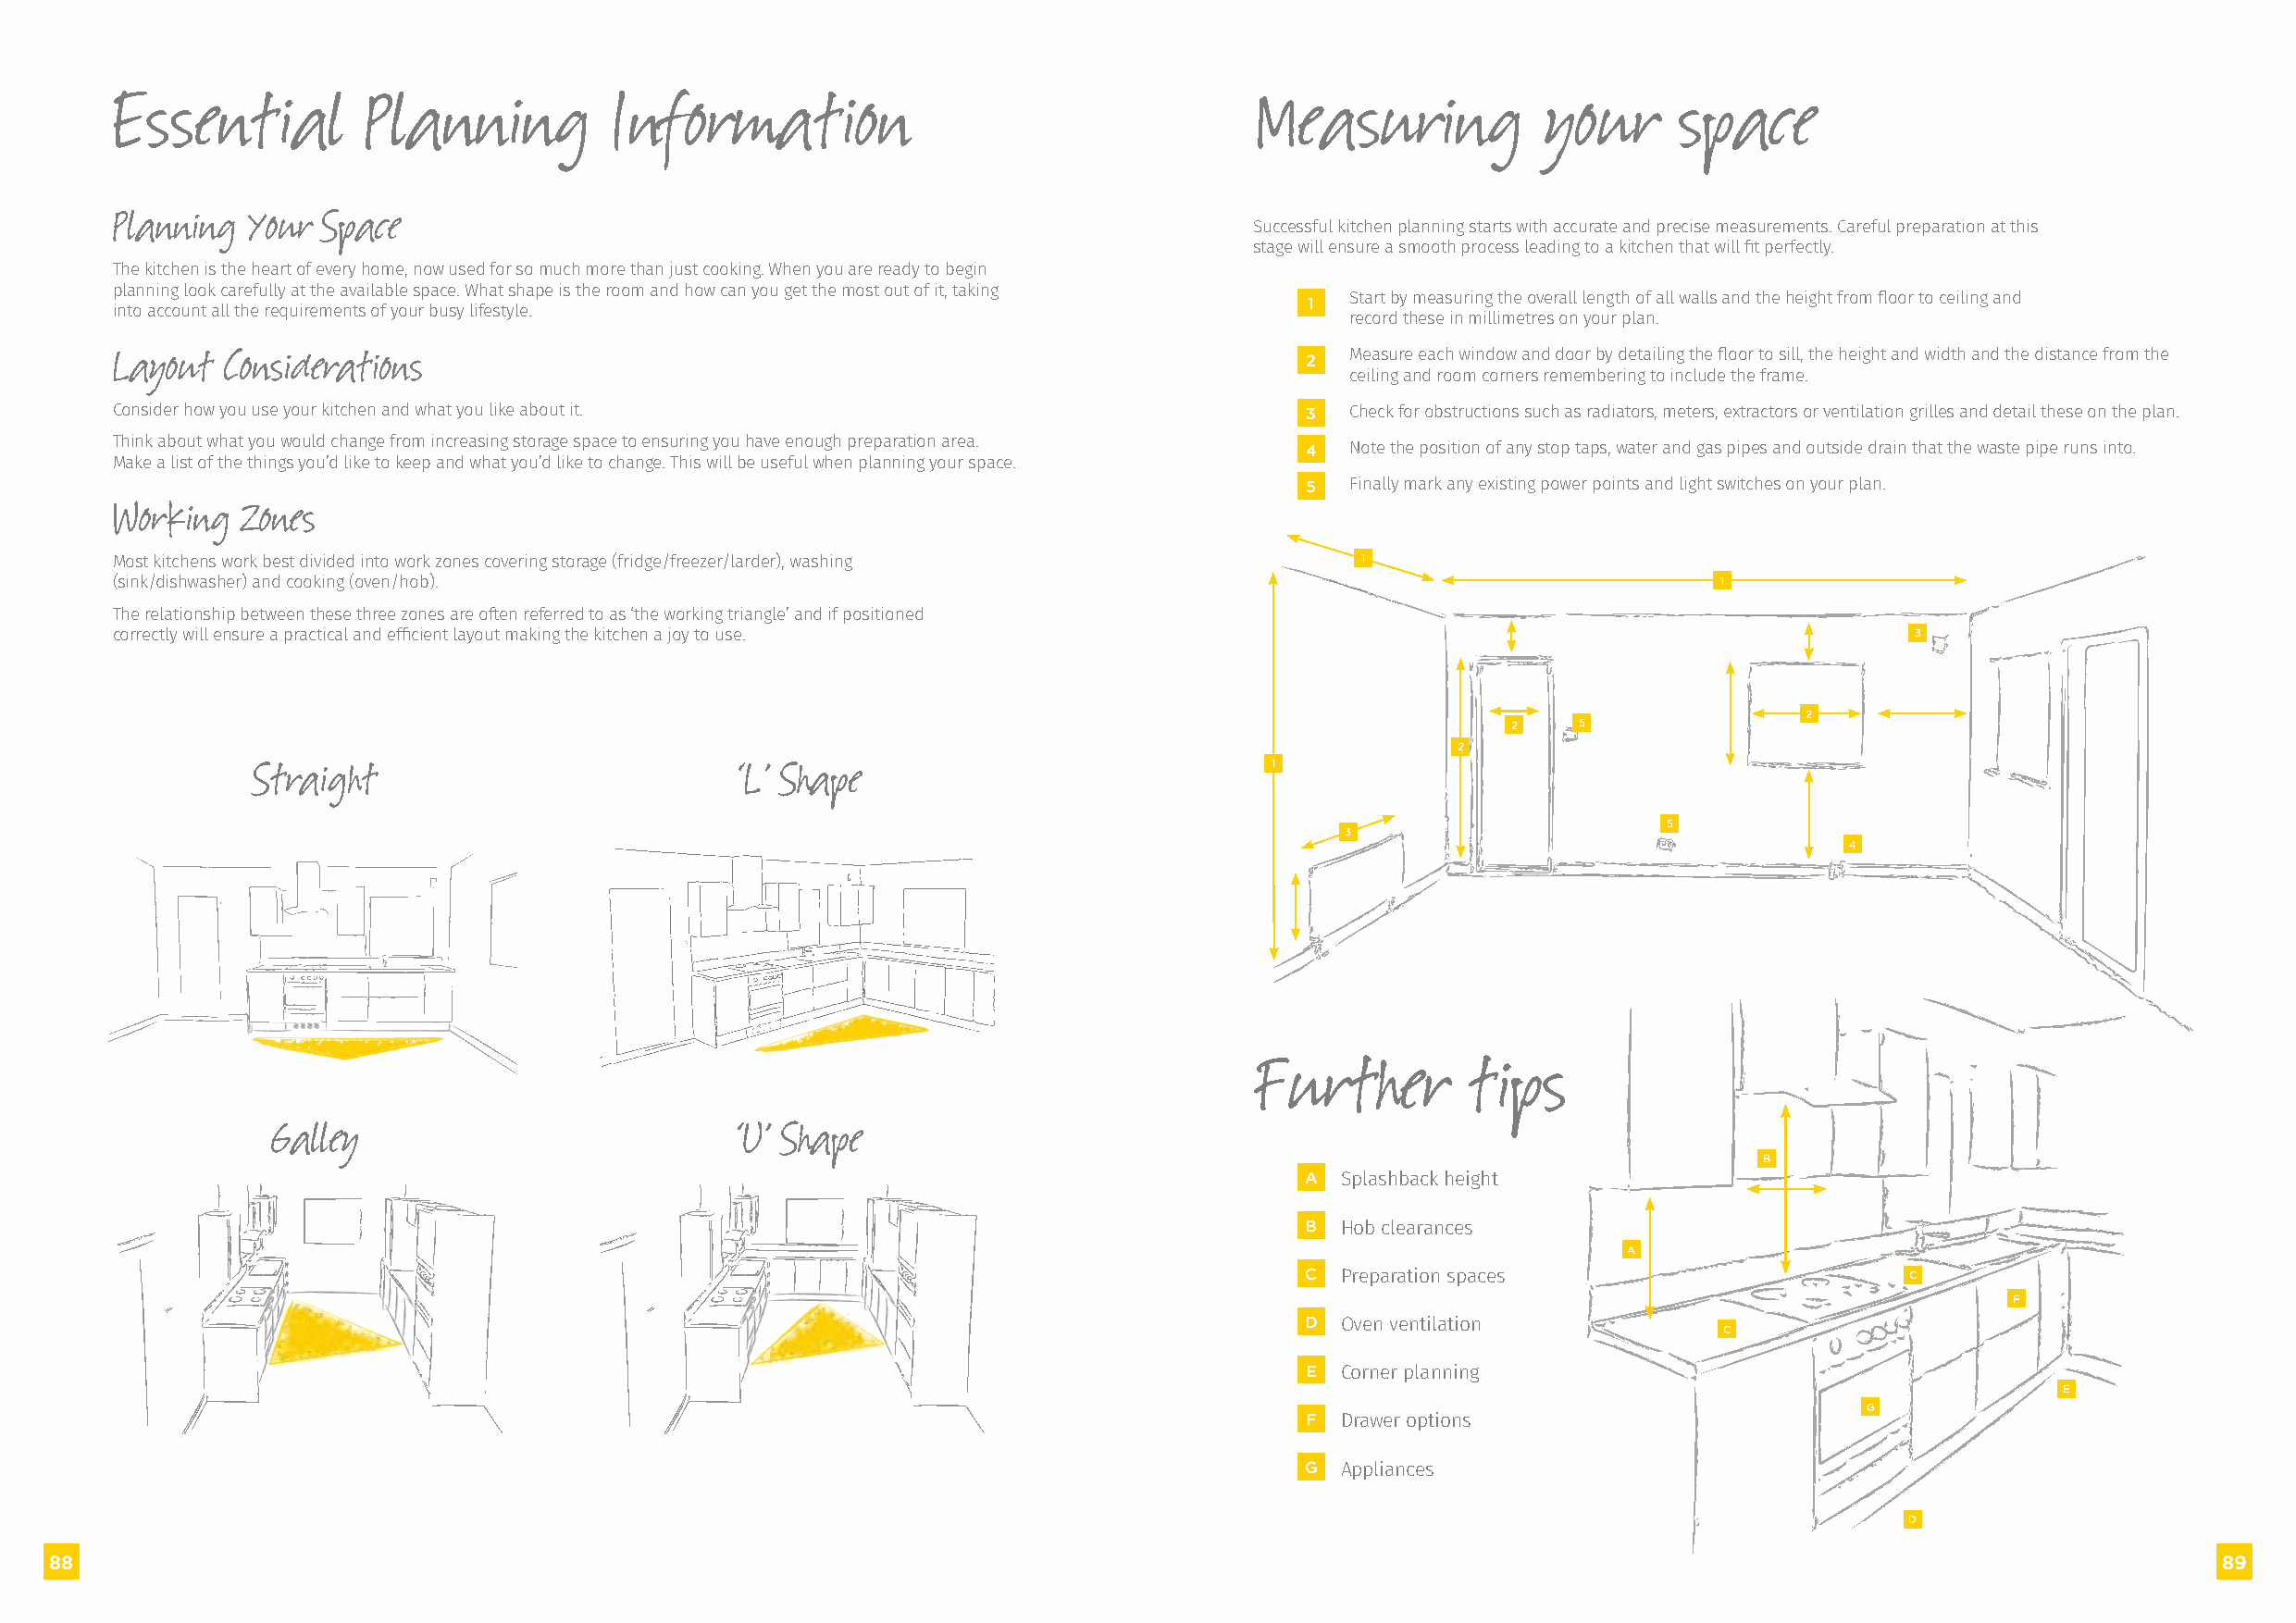
Essential         Planning          Information                                   Measuring           your      space
 Planning  Your Space
 Successful kitchen planning starts with accurate and precise measurements. Careful preparation at this
 stage will ensure a smooth process leading to a kitchen that will fit perfectly.
 The kitchen is the heart of every home, now used for so much more than just cooking. When you are ready to begin
 planning look carefully at the available space. What shape is the room and how can you get the most out of it, taking
 1  Start by measuring the overall length of all walls and the height from floor to ceiling and
 into account all the requirements of your busy lifestyle.
 record these in millimetres on your plan.
 Layout  Considerations                                                               2   Measure each window and door by detailing the floor to sill, the height and width and the distance from the
 ceiling and room corners remembering to include the frame.
 Consider how you use your kitchen and what you like about it.                        3   Check for obstructions such as radiators, meters, extractors or ventilation grilles and detail these on the plan.
 Think about what you would change from increasing storage space to ensuring you have enough preparation area. 4 Note the position of any stop taps, water and gas pipes and outside drain that the waste pipe runs into.
 Make a list of the things you’d like to keep and what you’d like to change. This will be useful when planning your space.
 5   Finally mark any existing power points and light switches on your plan.
 Working  Zones
 Most kitchens work best divided into work zones covering storage (fridge/freezer/larder), washing 1
 (sink/dishwasher) and cooking (oven/hob).                                                                          1
 The relationship between these three zones are often referred to as ‘the working triangle’ and if positioned
 correctly will ensure a practical and efficient layout making the kitchen a joy to use.                                          3
 2
 2    5
 2
 Straight                           ‘L’ Shape                             1
 5
 3
 4
 Further        tips
 Galley                           ‘U’ Shape
 B
 A  Splashback height
 B  Hob clearances
 A
 C  Preparation spaces                       C
 F
 D  Oven ventilation
 C
 E  Corner planning
 E
 G
 F  Drawer options
 G  Appliances
 D
 88                                                                                                                                                         89